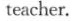
teacher.